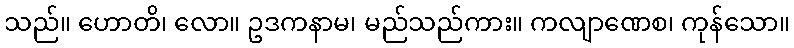
သည်။ ဟောတိ၊ လော။ ဥဒကနာမ၊ မည်သည်ကား။ ကလျာဏေစ၊ ကုန်သော။